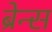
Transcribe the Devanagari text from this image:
ब्रेन्स